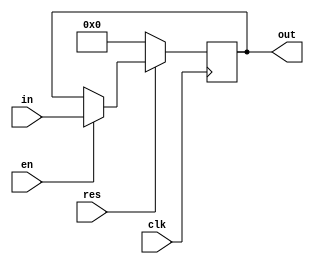
`timescale 1ns / 1ps
//////////////////////////////////////////////////////////////////////////////////
// Company: 
// Engineer: 
// 
// Design Name: 
// Module Name: register
// Project Name: 
// Target Devices: 
// Tool Versions: 
// Description: 
// 
// Dependencies: 
// 
// Revision:
// Revision 0.01 - File Created
// Additional Comments:
// 
//////////////////////////////////////////////////////////////////////////////////


module register #(parameter width = 64)
(
    input [0:width - 1] in,
    input clk,
    input en,
    input res,
    output reg [0:width - 1] out
    );
    
    always@(posedge clk)
    begin
        if (res == 0) 
            out = 0;
        else
            if (en == 1) 
                out = in;
    end
endmodule